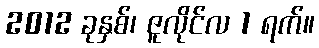
2012 ခုနှစ်၊ ဇူလိုင်လ 1 ရက်။